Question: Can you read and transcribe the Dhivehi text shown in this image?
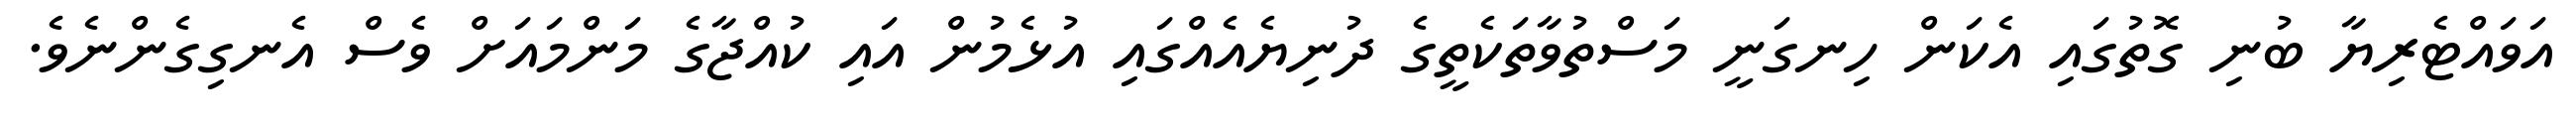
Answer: އަވައްޓެރިޔާ ބުނި ގޮތުގައި އެކަން ހިނގަނީ މަސްތުވާތަކެތީގެ ދުނިޔެއެއްގައި އުޅެމުން އައި ކުއްޖާގެ މަންމައަށް ވެސް އެނގިގެންނެވެ.